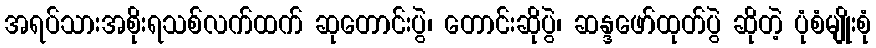
အရပ်သားအစိုးရသစ်လက်ထက် ဆုတောင်းပွဲ၊ တောင်းဆိုပွဲ၊ ဆန္ဒဖော်ထုတ်ပွဲ ဆိုတဲ့ ပုံစံမျိုးစုံ